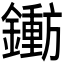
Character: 𬬐